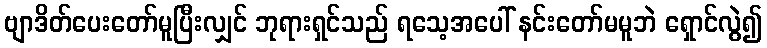
ဗျာဒိတ်ပေးတော်မူပြီးလျှင် ဘုရားရှင်သည် ရသေ့အပေါ် နင်းတော်မမူဘဲ ရှောင်လွဲ၍